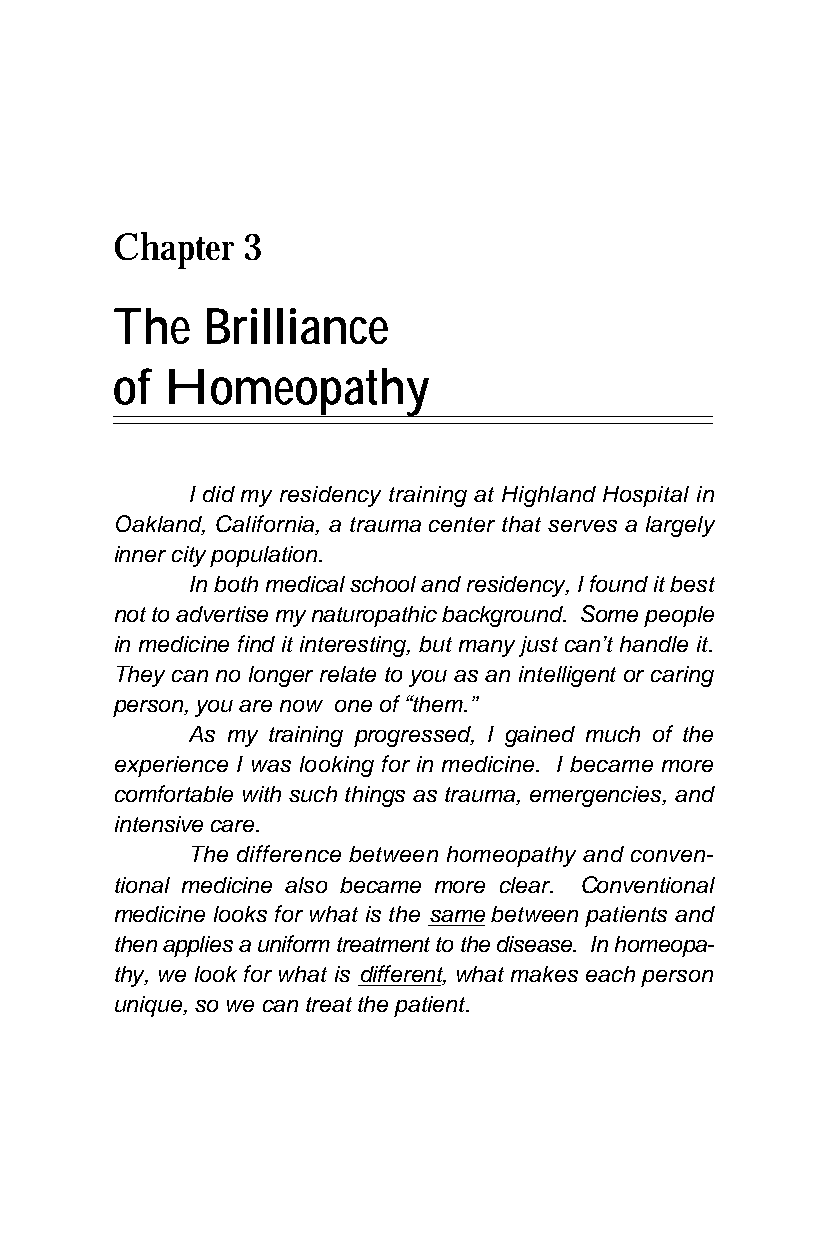
Chapter  3
 The   Brilliance
 of  Homeopathy
 I did my residency training at Highland Hospital in
 Oakland, California, a trauma center that serves a largely
 inner city population.
 In both medical school and residency, I found it best
 not to advertise my naturopathic background. Some people
 in medicine find it interesting, but many just can’t handle it.
 They can no longer relate to you as an intelligent or caring
 person, you are now one of “them.”
 As my training progressed, I gained much of the
 experience I was looking for in medicine. I became more
 comfortable with such things as trauma, emergencies, and
 intensive care.
 The difference between homeopathy and conven-
 tional medicine also became more clear. Conventional
 medicine looks for what is the same between patients and
 then applies a uniform treatment to the disease. In homeopa-
 thy, we look for what is different, what makes each person
 unique, so we can treat the patient.